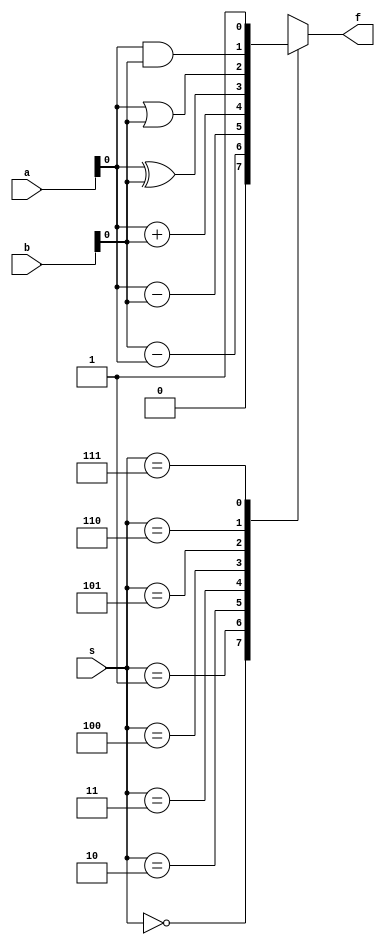
/* alu 74381 behavioral */

module alu_74381(input[2:0] s, input[3:0] a,input[3:0]  b,output reg f);
    always @(s or a or b) begin
        case(s)
            3'b0:f = 4'b0;
            1:f = b-a;
            2:f = a-b;
            3:f = a+b;
            4:f = a^b;
            5:f = a|b;
            6:f = a&b;
            7:f = 4'b1111;
        endcase
    end
endmodule